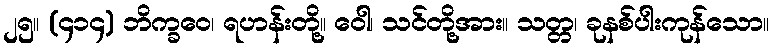
၂၅။ (၄၁၄) ဘိက္ခဝေ၊ ရဟန်းတို့။ ဝေါ၊ သင်တို့အား။ သတ္တ၊ ခုနစ်ပါးကုန်သော။